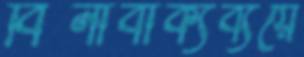
বিনাবাক্যব্যয়ে